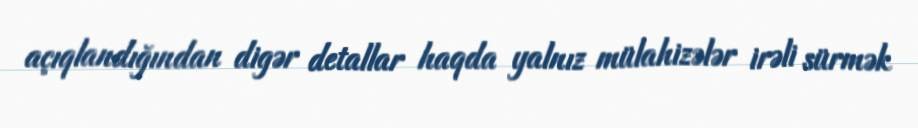
açıqlandığından digər detallar haqda yalnız mülahizələr irəli sürmək